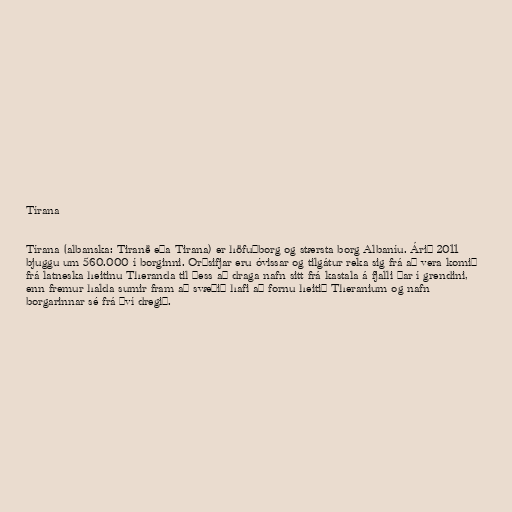
Tírana

Tírana (albanska: Tiranë eða Tirana) er höfuðborg og stærsta borg Albaníu. Árið 2011
bjuggu um 560.000 í borginni. Orðsifjar eru óvissar og tilgátur reka sig frá að vera komið
frá latneska heitinu Theranda til þess að draga nafn sitt frá kastala á fjalli þar í grendini,
enn fremur halda sumir fram að svæðið hafi að fornu heitið Theranium og nafn
borgarinnar sé frá því dregið.